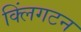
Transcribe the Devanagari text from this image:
क्लिंगटन